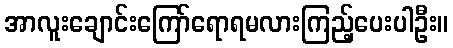
အာလူးချောင်းကြော်ရောရမလားကြည့်ပေးပါဦး။